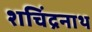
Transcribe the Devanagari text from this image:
शचिंद्रनाथ